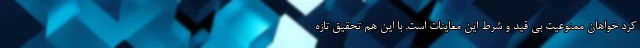
کرد خواهان ممنوعیت بی قید و شرط این معاینات است. با این هم تحقیق تازه